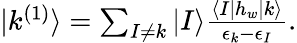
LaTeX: \begin{array}{r}{|k^{(1)}\rangle=\sum_{I\ne k}|I\rangle\frac{\langle I|h_{w}|k\rangle}{\epsilon_{k}-\epsilon_{I}}.}\end{array}